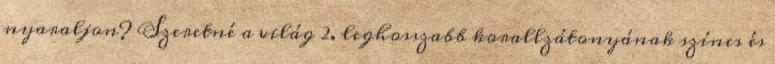
nyaraljon? Szeretné a világ 2. leghosszabb korallzátonyának színes és